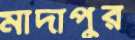
মাদাপুর